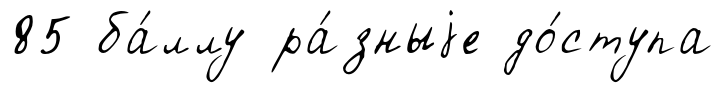
85 ба́ллу ра́зныjе до́ступа